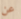
عن